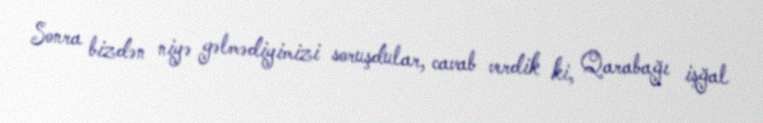
Sonra bizdən niyə gəlmədiyimizi soruşdular, cavab verdik ki, Qarabağı işğal